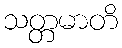
သတ္တမာတိ